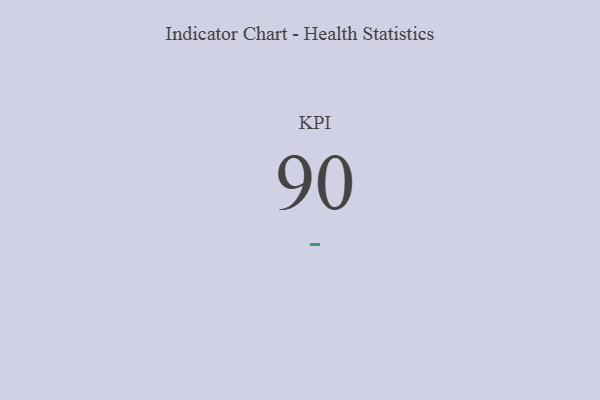
{"axis": {"x": "KPI", "y": "Value"}, "legend": [""], "data": [{"x": "KPI", "y": 90, "type": ""}]}